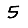
Digit: 5